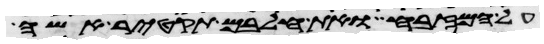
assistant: על המזבח ואת חלבם תקטיר אשה